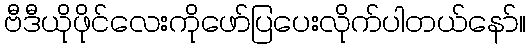
ဗီဒီယိုဖိုင်လေးကိုဖော်ပြပေးလိုက်ပါတယ်နော်။